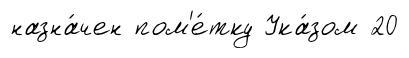
назна́чен пом'е́тку Ука́зом 20